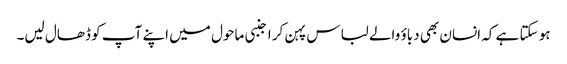
ہو سکتا ہے کہ انسان بھی دباؤ والے لباس پہن کر اجنبی ماحول میں اپنے آپ کو ڈھال لیں۔